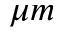
\mu m